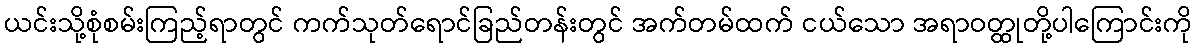
ယင်းသို့စုံစမ်းကြည့်ရာတွင် ကက်သုတ်ရောင်ခြည်တန်းတွင် အက်တမ်ထက် ငယ်သော အရာဝတ္ထုတို့ပါကြောင်းကို